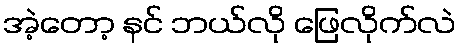
အဲ့တော့ နင် ဘယ်လို ဖြေလိုက်လဲ